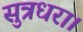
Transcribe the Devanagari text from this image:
सुत्रधरा।